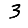
Digit: 3